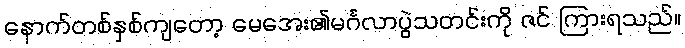
နောက်တစ်နှစ်ကျတော့ မေအေး၏မင်္ဂလာပွဲသတင်းကို ဇင် ကြားရသည်။